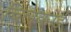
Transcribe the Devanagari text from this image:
चिलकोई